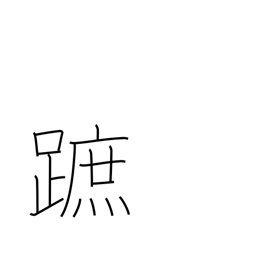
Meaning: sole of foot